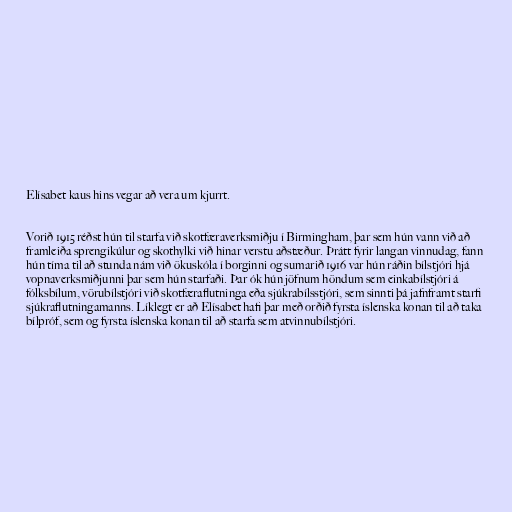
Elísabet kaus hins vegar að vera um kjurrt.

Vorið 1915 réðst hún til starfa við skotfæraverksmiðju í Birmingham, þar sem hún vann við að
framleiða sprengikúlur og skothylki við hinar verstu aðstæður. Þrátt fyrir langan vinnudag, fann
hún tíma til að stunda nám við ökuskóla í borginni og sumarið 1916 var hún ráðin bílstjóri hjá
vopnaverksmiðjunni þar sem hún starfaði. Þar ók hún jöfnum höndum sem einkabílstjóri á
fólksbílum, vörubílstjóri við skotfæraflutninga eða sjúkrabílsstjóri, sem sinnti þá jafnframt starfi
sjúkraflutningamanns. Líklegt er að Elísabet hafi þar með orðið fyrsta íslenska konan til að taka
bílpróf, sem og fyrsta íslenska konan til að starfa sem atvinnubílstjóri.